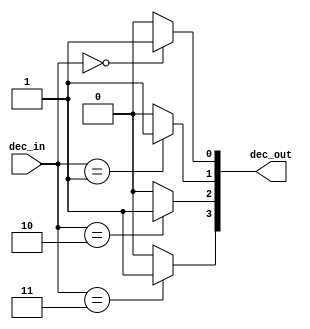
// This program was cloned from: https://github.com/FPGADude/Digital-Design
// License: GNU General Public License v3.0

// From the book: "But How Do It Know?" pg. 102
// Written by: J. Clark Scott
//
// Verilog HDL implementation of the computer described in the book.
//
// 2 to 4 Decoder in the Control Unit
//
// * No changes required for CPU_B
// ******************************************************************************
`timescale 1ns / 1ps
module dec2x4(
	input [1:0] dec_in,			// 2-bit select
	output [3:0] dec_out 		// 4 output bits
	);
	
	assign dec_out[3] = (dec_in == 2'b11) ? 1'b1 : 1'b0;
	assign dec_out[2] = (dec_in == 2'b10) ? 1'b1 : 1'b0;
	assign dec_out[1] = (dec_in == 2'b01) ? 1'b1 : 1'b0;
	assign dec_out[0] = (dec_in == 2'b00) ? 1'b1 : 1'b0;
	
endmodule